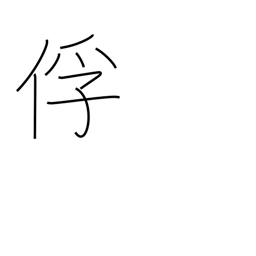
Meaning: captive